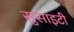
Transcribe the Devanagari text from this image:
सुसाइटी